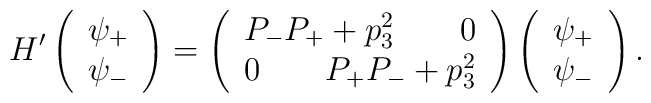
H^{\prime }\left( \begin{array}{c}\psi _{+} \\ \psi _{-} \end{array}\right) =\left( \begin{array}{c}P_{-}P_{+}+p_3^2\qquad 0 \\ 0\qquad P_{+}P_{-}+p_3^2 \end{array}\right) \left( \begin{array}{c}\psi _{+} \\ \psi _{-} \end{array}\right) .